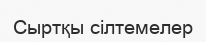
Сыртқы сiлтемелер